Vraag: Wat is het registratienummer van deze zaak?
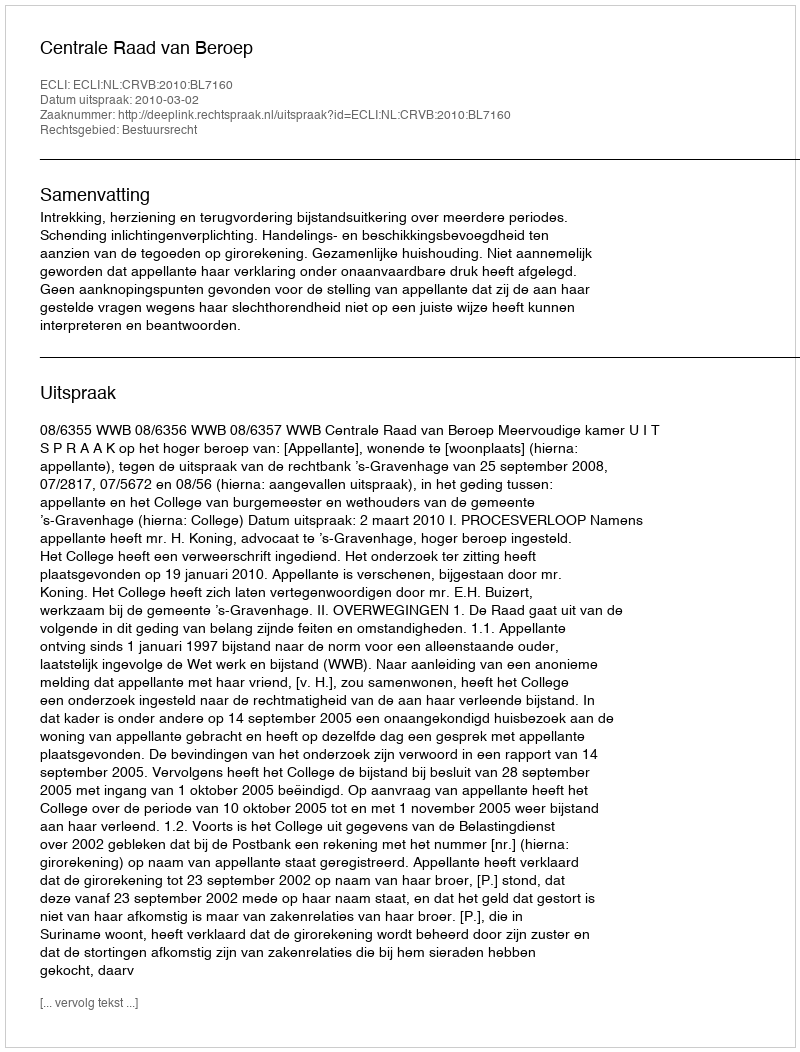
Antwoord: http://deeplink.rechtspraak.nl/uitspraak?id=ECLI:NL:CRVB:2010:BL7160